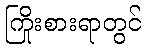
ကြိုးစားရာတွင်